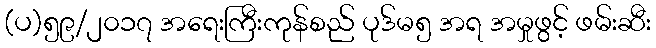
(ပ)၅၉/၂၀၁၇ အရေးကြီးကုန်စည် ပုဒ်မ၅ အရ အမှုဖွင့် ဖမ်းဆီး